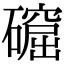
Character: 𥖚